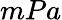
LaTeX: mPa